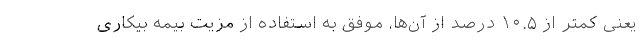
یعنی کمتر از ۱۰.۵ درصد از آن‌ها، موفق به استفاده از مزیت بیمه بیکاری